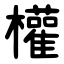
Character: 權